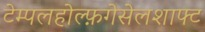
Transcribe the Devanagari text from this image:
टेम्पलहोल्फ़गेसेलशाफ्ट